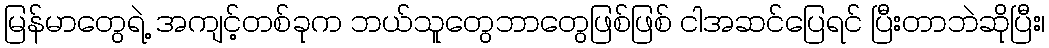
မြန်မာတွေရဲ့ အကျင့်တစ်ခုက ဘယ်သူတွေဘာတွေဖြစ်ဖြစ် ငါအဆင်ပြေရင် ပြီးတာဘဲဆိုပြီး၊